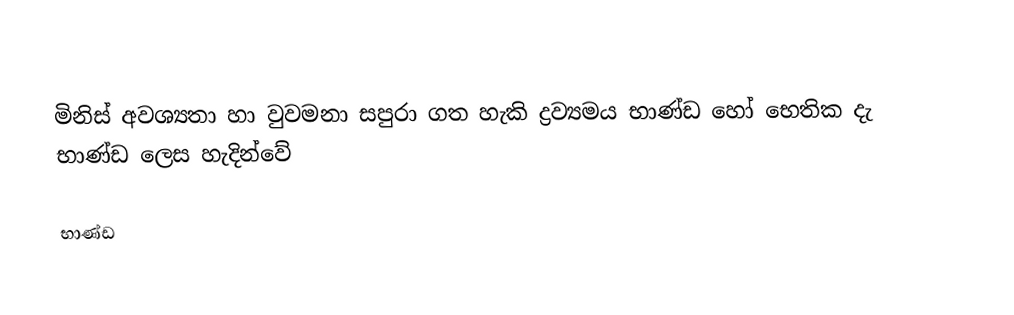
මිනිස් අවශ්‍යතා හා වුවමනා සපුරා ගත හැකි ද්‍රව්‍යමය භාණ්ඩ හෝ භෙතික දැ භාණ්ඩ ලෙස හැදින්වේ

භාණ්ඩ